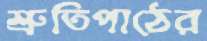
শ্রুতিপাঠের